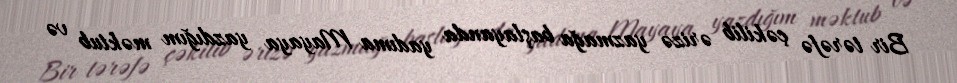
Bir tərəfə çəkilib ərizə yazmağa başlayanda yadıma Mayaya yazdığım məktub və